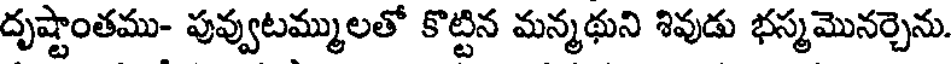
దృష్టాంతము- పువ్వుటమ్ములతో కొట్టిన మన్మథుని శివుడు భస్మమొనర్చెను.